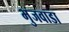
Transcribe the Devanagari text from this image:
भुजवाडा